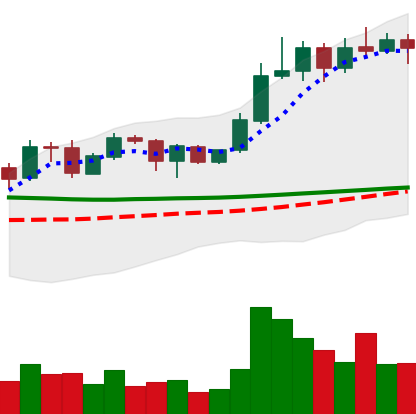
Ticker: ADA-USD
Chart end date: 2020-02-04
Forward return: 10.381%
Label: up_7plus